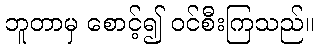
ဘူတာမှ စောင့်၍ ဝင်စီးကြသည်။